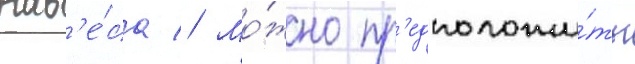
нав'е́са // Мо́жно пр'едположи́ть